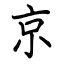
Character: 京